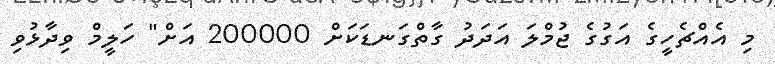
މި އެއްޗެހީގެ އަގުގެ ޖުމްލަ އަދަދު ގާތްގަނޑަކަށް 200000 އަށް" ހަލީމް ވިދާޅުވި